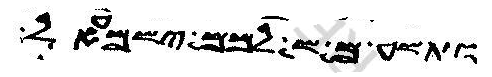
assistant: וזעק משה לכל ישראל